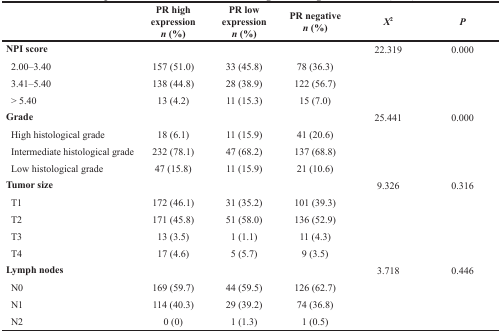
<table><thead><tr><td></td><td><b>PR high expression <i>n</i> (%)</b></td><td><b>PR low expression <i>n</i> (%)</b></td><td><b>PR negative <i>n</i> (%)</b></td><td><b><i>X</i><sup>2</sup></b></td><td><b><i>P</i></b></td></tr></thead><tbody><tr><td><b>NPI score</b></td><td></td><td></td><td></td><td>22.319</td><td>0.000</td></tr><tr><td> 2.00–3.40</td><td>157 (51.0)</td><td>33 (45.8)</td><td>78 (36.3)</td><td></td><td></td></tr><tr><td> 3.41–5.40</td><td>138 (44.8)</td><td>28 (38.9)</td><td>122 (56.7)</td><td></td><td></td></tr><tr><td> &gt; 5.40</td><td>13 (4.2)</td><td>11 (15.3)</td><td>15 (7.0)</td><td></td><td></td></tr><tr><td><b>Grade</b></td><td></td><td></td><td></td><td>25.441</td><td>0.000</td></tr><tr><td> High histological grade</td><td>18 (6.1)</td><td>11 (15.9)</td><td>41 (20.6)</td><td></td><td></td></tr><tr><td> Intermediate histological grade</td><td>232 (78.1)</td><td>47 (68.2)</td><td>137 (68.8)</td><td></td><td></td></tr><tr><td> Low histological grade</td><td>47 (15.8)</td><td>11 (15.9)</td><td>21 (10.6)</td><td></td><td></td></tr><tr><td><b>Tumor size</b></td><td></td><td></td><td></td><td>9.326</td><td>0.316</td></tr><tr><td> T1</td><td>172 (46.1)</td><td>31 (35.2)</td><td>101 (39.3)</td><td></td><td></td></tr><tr><td> T2</td><td>171 (45.8)</td><td>51 (58.0)</td><td>136 (52.9)</td><td></td><td></td></tr><tr><td> T3</td><td>13 (3.5)</td><td>1 (1.1)</td><td>11 (4.3)</td><td></td><td></td></tr><tr><td> T4</td><td>17 (4.6)</td><td>5 (5.7)</td><td>9 (3.5)</td><td></td><td></td></tr><tr><td><b>Lymph nodes</b></td><td></td><td></td><td></td><td>3.718</td><td>0.446</td></tr><tr><td> N0</td><td>169 (59.7)</td><td>44 (59.5)</td><td>126 (62.7)</td><td></td><td></td></tr><tr><td> N1</td><td>114 (40.3)</td><td>29 (39.2)</td><td>74 (36.8)</td><td></td><td></td></tr><tr><td> N2</td><td>0 (0)</td><td>1 (1.3)</td><td>1 (0.5)</td><td></td><td></td></tr></tbody></table>